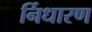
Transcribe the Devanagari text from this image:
र्निधारण